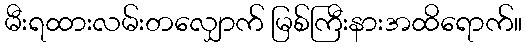
မီးရထားလမ်းတလျှောက် မြစ်ကြီးနားအထိရောက်။